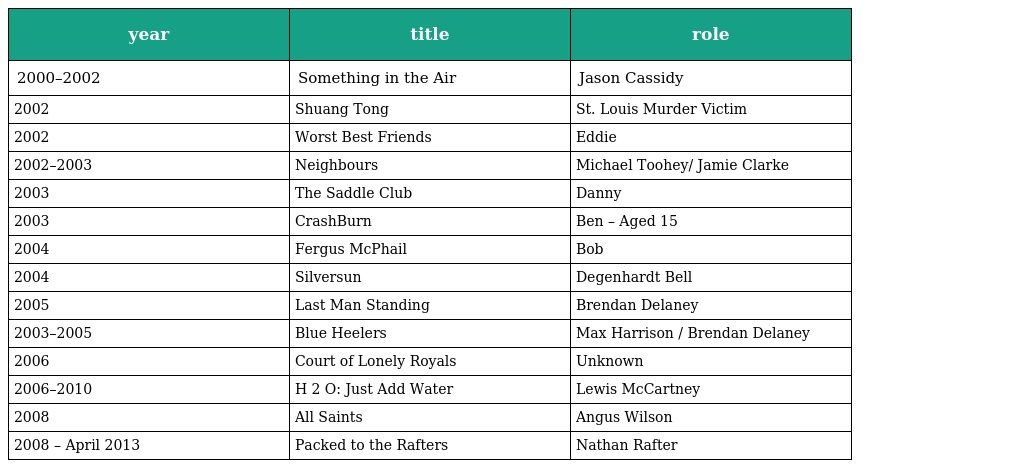
| year | title | role |
 | --- | --- | --- |
 | 2000–2002 | Something in the Air | Jason Cassidy |
 | 2002 | Shuang Tong | St. Louis Murder Victim |
 | 2002 | Worst Best Friends | Eddie |
 | 2002–2003 | Neighbours | Michael Toohey/ Jamie Clarke |
 | 2003 | The Saddle Club | Danny |
 | 2003 | CrashBurn | Ben – Aged 15 |
 | 2004 | Fergus McPhail | Bob |
 | 2004 | Silversun | Degenhardt Bell |
 | 2005 | Last Man Standing | Brendan Delaney |
 | 2003–2005 | Blue Heelers | Max Harrison / Brendan Delaney |
 | 2006 | Court of Lonely Royals | Unknown |
 | 2006–2010 | H 2 O: Just Add Water | Lewis McCartney |
 | 2008 | All Saints | Angus Wilson |
 | 2008 – April 2013 | Packed to the Rafters | Nathan Rafter |